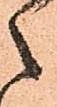
之